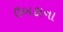
ઉબકાના